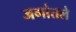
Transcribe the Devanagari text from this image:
जगांतले